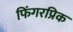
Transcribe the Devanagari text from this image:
फिंगरप्रिक